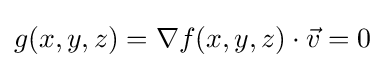
g(x,y,z)=\nabla f(x,y,z)\cdot {\vec {v}}=0